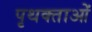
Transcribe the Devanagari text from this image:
पृथक्ताओं